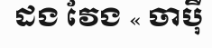
ដង វែង « ចាប៉ី